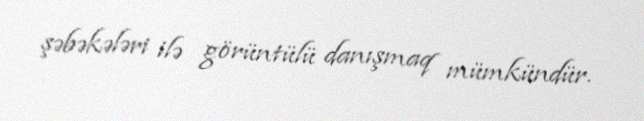
şəbəkələri ilə görüntülü danışmaq mümkündür.